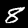
Label: 8